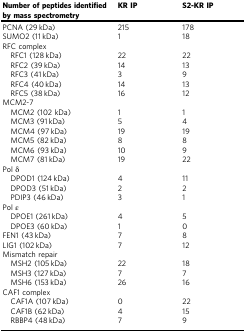
<table><thead><tr><td><b>Number of peptides identified by mass spectrometry</b></td><td><b>KR IP</b></td><td><b>S2-KR IP</b></td></tr></thead><tbody><tr><td>PCNA (29 kDa)</td><td>215</td><td>178</td></tr><tr><td>SUMO2 (11 kDa)</td><td>1</td><td>18</td></tr><tr><td>RFC complex</td><td></td><td></td></tr><tr><td> RFC1 (128 kDa)</td><td>22</td><td>22</td></tr><tr><td> RFC2 (39 kDa)</td><td>14</td><td>13</td></tr><tr><td> RFC3 (41 kDa)</td><td>3</td><td>9</td></tr><tr><td> RFC4 (40 kDa)</td><td>14</td><td>13</td></tr><tr><td> RFC5 (38 kDa)</td><td>16</td><td>12</td></tr><tr><td>MCM2-7</td><td></td><td></td></tr><tr><td> MCM2 (102 kDa)</td><td>1</td><td>1</td></tr><tr><td> MCM3 (91 kDa)</td><td>5</td><td>4</td></tr><tr><td> MCM4 (97 kDa)</td><td>19</td><td>19</td></tr><tr><td> MCM5 (82 kDa)</td><td>8</td><td>8</td></tr><tr><td> MCM6 (93 kDa)</td><td>10</td><td>9</td></tr><tr><td> MCM7 (81 kDa)</td><td>19</td><td>22</td></tr><tr><td>Pol δ</td><td></td><td></td></tr><tr><td> DPOD1 (124 kDa)</td><td>4</td><td>11</td></tr><tr><td> DPOD3 (51 kDa)</td><td>2</td><td>2</td></tr><tr><td> PDIP3 (46 kDa)</td><td>3</td><td>1</td></tr><tr><td>Pol ε</td><td></td><td></td></tr><tr><td> DPOE1 (261 kDa)</td><td>4</td><td>5</td></tr><tr><td> DPOE3 (60 kDa)</td><td>1</td><td>0</td></tr><tr><td>FEN1 (43 kDa)</td><td>7</td><td>8</td></tr><tr><td>LIG1 (102 kDa)</td><td>7</td><td>12</td></tr><tr><td>Mismatch repair</td><td></td><td></td></tr><tr><td> MSH2 (105 kDa)</td><td>22</td><td>18</td></tr><tr><td> MSH3 (127 kDa)</td><td>7</td><td>7</td></tr><tr><td> MSH6 (153 kDa)</td><td>26</td><td>16</td></tr><tr><td>CAF1 complex</td><td></td><td></td></tr><tr><td> CAF1A (107 kDa)</td><td>0</td><td>22</td></tr><tr><td> CAF1B (62 kDa)</td><td>4</td><td>15</td></tr><tr><td> RBBP4 (48 kDa)</td><td>7</td><td>9</td></tr></tbody></table>